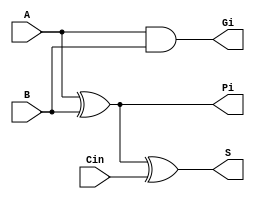
/****************************************************************************************

	File name    : CLA_full_1_bit_adder
	LastEditors  : H
	LastEditTime : 2021-09-26 18:27:04
	Last Version : 1.0
	Description  : 
	
	----------------------------------------------------------------------------------------
	
	Author       : H
	Date         : 2021-09-26 18:27:03
	FilePath     : \MIPS_32_bit\CLA_full_1_bit_adder.v
	Copyright 2021 H, All Rights Reserved. 

****************************************************************************************/
`ifndef _CLA_full_1_bit_adder
`define _CLA_full_1_bit_adder

module CLA_full_1_bit_adder (
    input       A,
    input       B,
    input       Cin,
    output      Gi,
    output      Pi,
    output      S
);
    assign      Gi = A & B;
    assign      Pi = A ^ B;
    assign      S  = A ^ B ^ Cin;

`endif 
endmodule